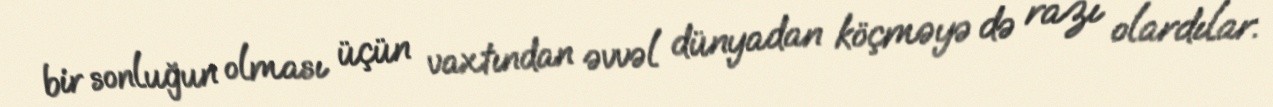
bir sonluğun olması üçün vaxtından əvvəl dünyadan köçməyə də razı olardılar.